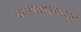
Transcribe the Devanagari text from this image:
चरणावरुन